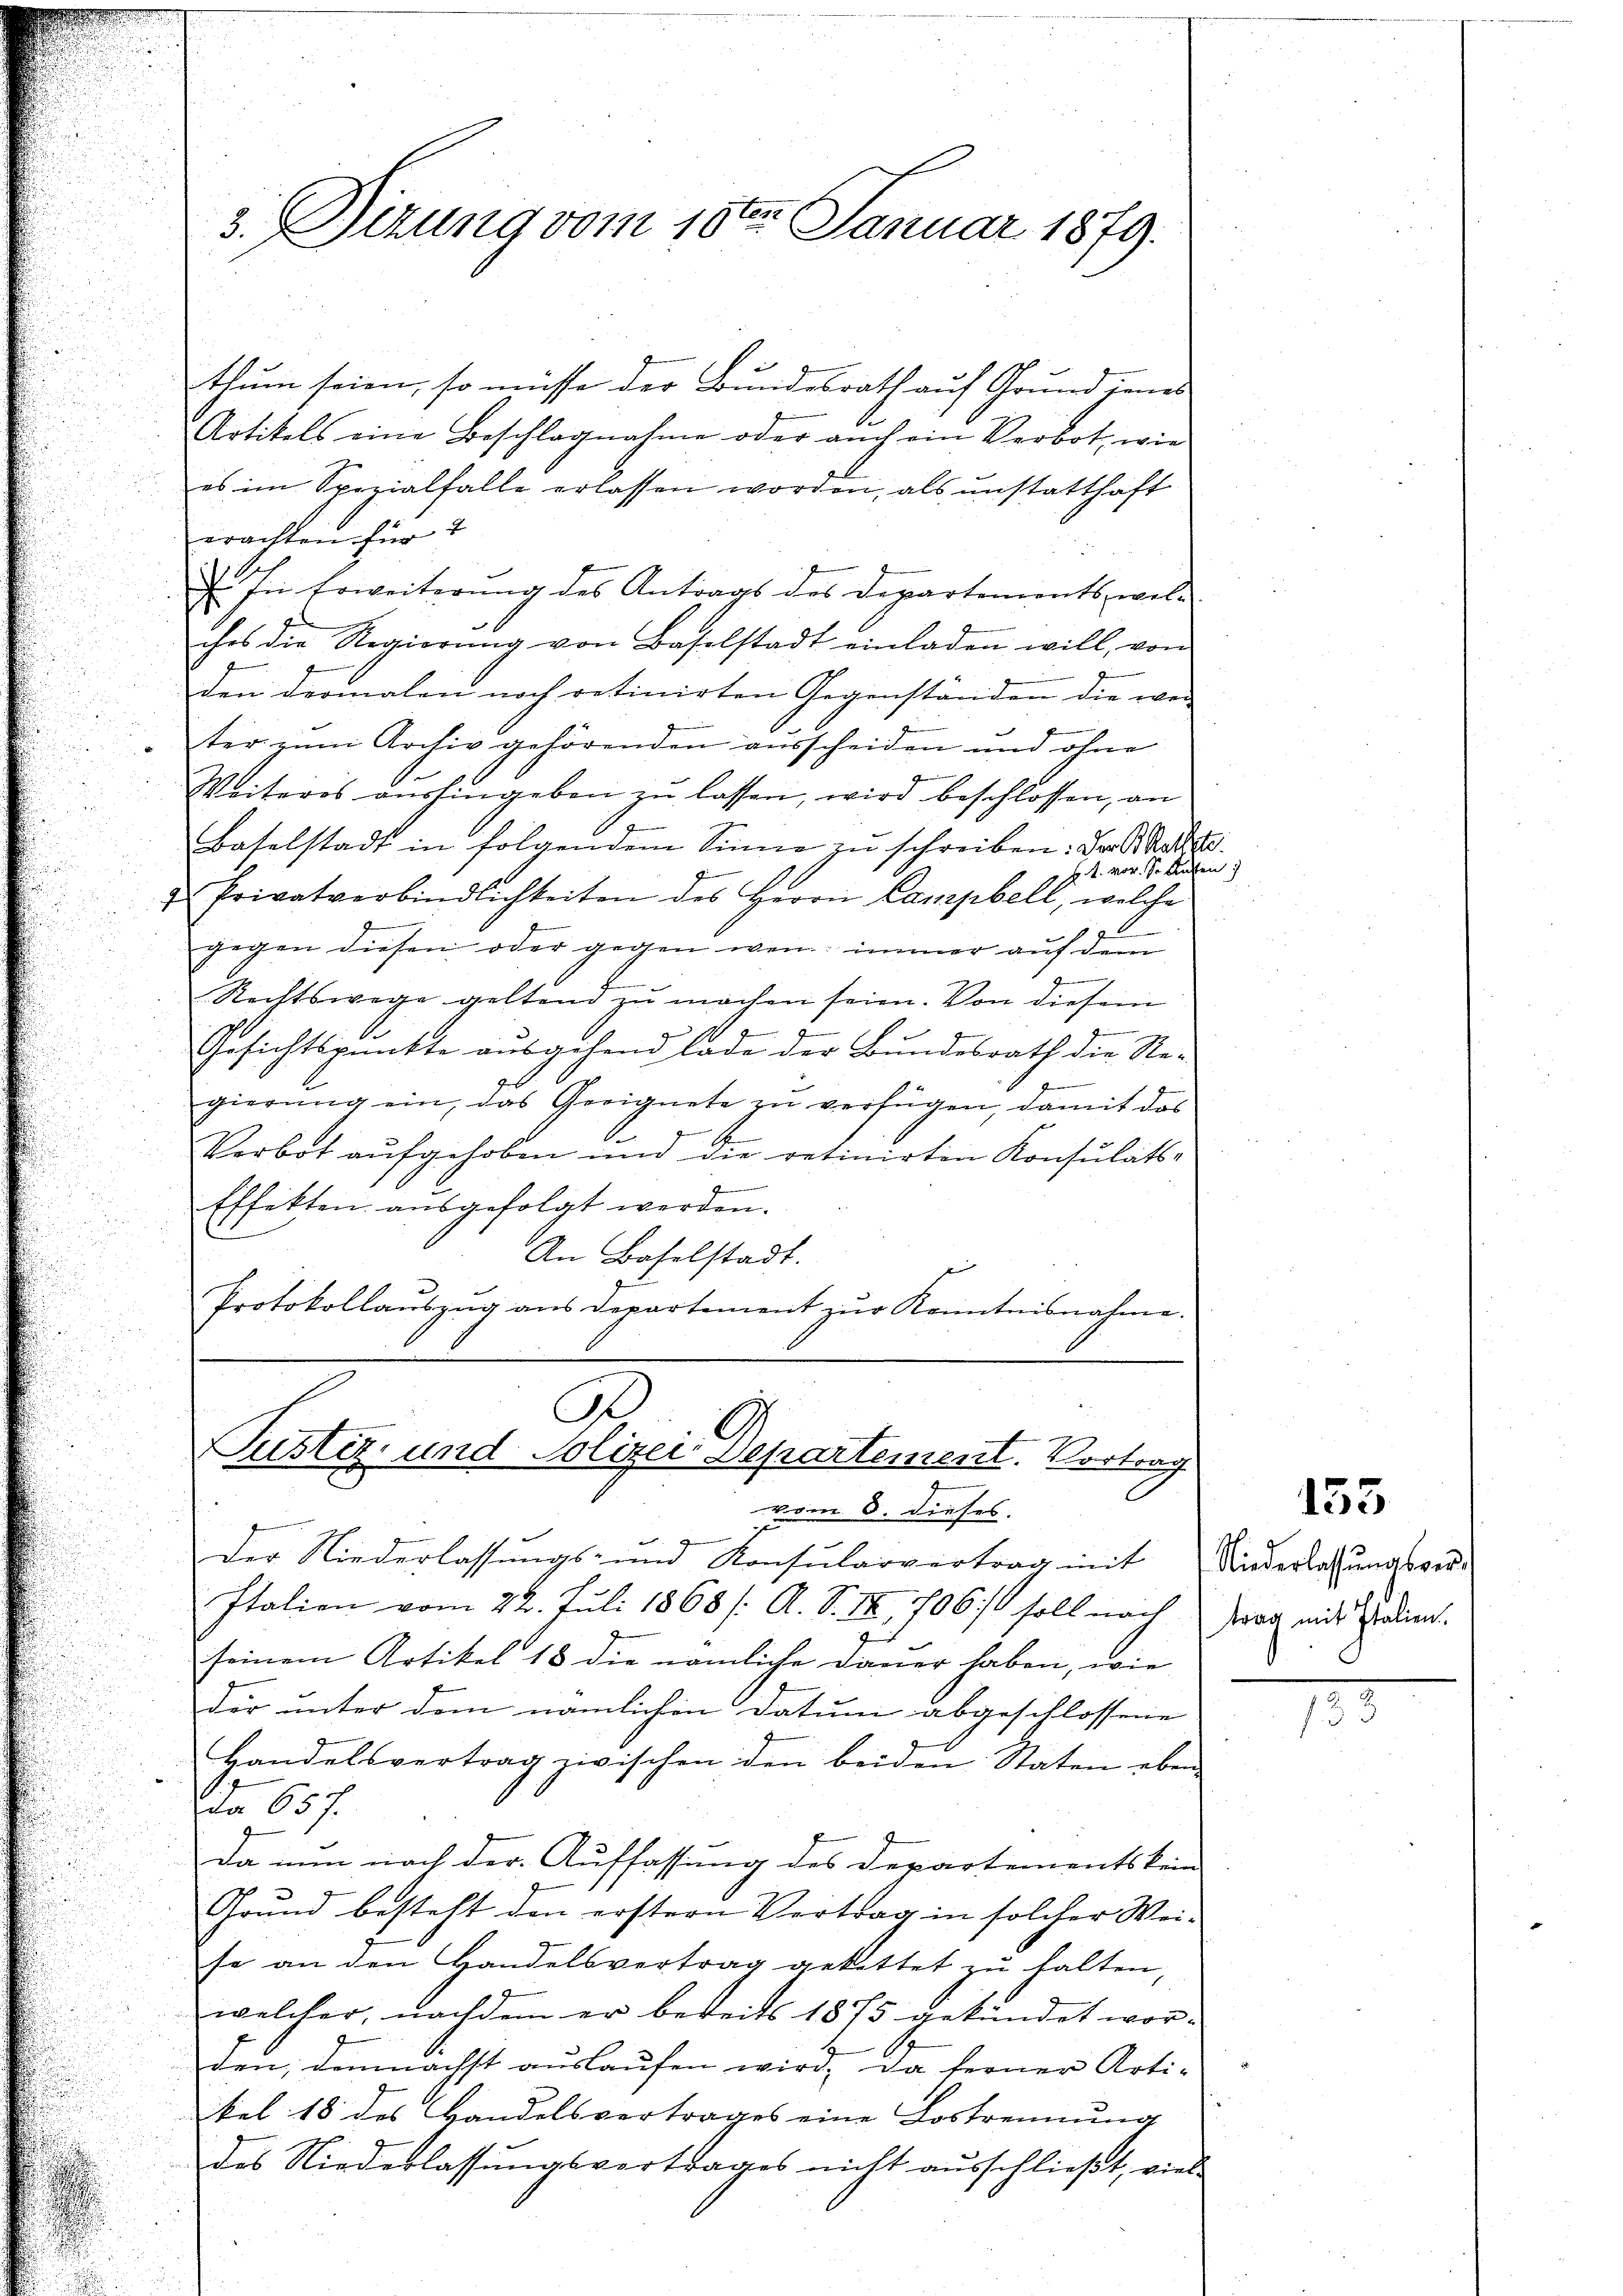
3. Dizung vom 10ten Januar 1879.

thum seien, so müsse der Bundesrath auf Grund jenes
Artikels eine Beschlagnahme oder auch ein Verbot, wie
es im Spezialfalle erlassen worden, als unstatthaft
erachten für 1
2. In Erweiterung des Antrags des Departements, wel-
ches die Regierŭng von Baselstadt einladen will, von
den dermalen noch retinirten Gegenständen die wei
ter zum Archiv gehörenden ausscheiden und ohne
Weiteres aushingeben zu lassen, wird beschlossen, an
Baselstadt in folgendem Sinne zŭ schreiben: Der Rathshe¬
 J. J. vor. S. Aufen
g
& Privatverbindlichkeiten des Herrn Campbelt, welche
gegen diesen oder gegen wen immer auf dem
Rechtswege geltend zu machen seien. Von diesem
.
Gesichtspunkte ausgehend Tode der Bundesrath die Regierŭng ein, das Geeignete zŭ verfügen, damit das
A
Verbot aŭfgehoben und die retinirten Konsulats-
Effekten aŭsgefolgt werden.
An Baselstadt.
Protokollaŭszŭg ans Departement zŭr Kenntnisnahme.
s

G
Justiz- und Polizei Departement. Vortrag
vom 8. Dieses.

Der Niederlassungs- und Konsularvertrag mit Niederlassŭngsver-
Italien vom 22. Juli 1868 /: A. S. 18, 1706 ist soll noch weg mit Verdient
seinem Artikel 18 die nämliche Dauer haben, wie
der unter dem nämlichen Datum abgeschlossene
Handelsvertrag zwischen den beiden Staten eben
Da 657.
Da nun nach der Auffassung des Departements kein
Grund besteht den erstern Vertrag in solcher Wei-
se an den Handelsvertrag gekettet zŭ halten,
welcher, nachdem er bereits 1875 gekündet wor-
den; demnächst auslaufen wird, da ferner Arti-
tel 18 des Handelsvertrages eine Lostrennung
des Niederlassungsvertrages nicht ausschließt, viel¬

153